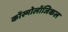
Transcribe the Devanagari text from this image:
कॉस्मोलॉजिकल